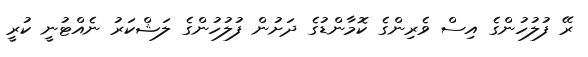
ރޭ ފުލުހުންގެ އިސް ވެރިންގެ ކޮމާންޑުގެ ދަށުން ފުލުހުންގެ ލަޝްކަރު ނެއްޓުނީ ކުރީ